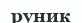
руник